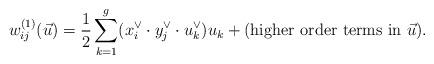
LaTeX: \begin{align*}w_{ij}^{(1)}(\vec{u})=\frac{1}{2} \sum_{k=1}^g(x_i^{\vee} \cdot y_j^{\vee} \cdot u_k^{\vee}) u_k +(\mbox{higher order terms in } \vec{u}). \end{align*}